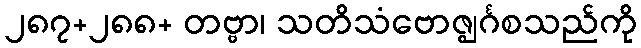
၂၈၇+၂၈၈+ တဗ္ဗာ၊ သတိသံဗောဇ္ဈင်္ဂစသည်ကို